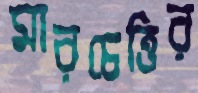
মারচেত্তির